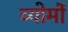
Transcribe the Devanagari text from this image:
व्योमों